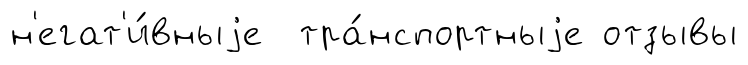
н'егат'и́вныjе тра́нспортныjе отзывы